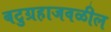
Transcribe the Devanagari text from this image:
बटुग्रहाजवळील